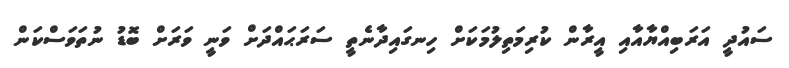
ސައުދީ އަރަބިއްޔާއާއި އީރާން ކުރިމަތިލުމަކަށް ހިނގައިދާނެތީ ސަރަޙައްދަށް ވަނީ ވަރަށް ބޮޑު ނުތަވަސްކަން